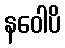
နဝေါပိ